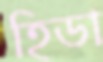
হিডা